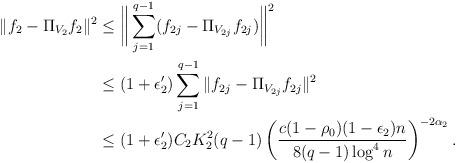
LaTeX: \begin{align*}\|f_2-\Pi_{V_2}f_2\|^2&\leq \bigg\|\sum_{j=1}^{q-1}(f_{2j}-\Pi_{V_{2j}}f_{2j})\bigg\|^2\\&\leq (1+\epsilon_2')\sum_{j=1}^{q-1}\|f_{2j}-\Pi_{V_{2j}}f_{2j}\|^2\\&\leq (1+\epsilon_2')C_2K_2^2(q-1)\left(\frac{c(1-\rho_0)(1-\epsilon_2)n}{8(q-1)\log^4 n}\right)^{-2\alpha_2}.\end{align*}